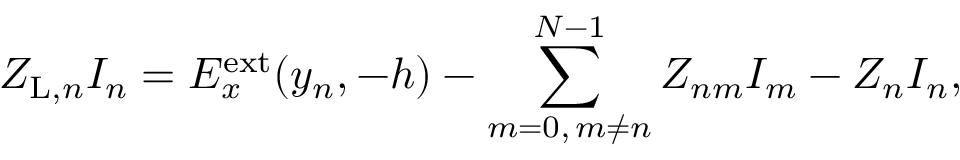
Z _ { \mathrm { L } , n } I _ { n } = E _ { x } ^ { \mathrm { e x t } } ( y _ { n } , - h ) - \sum _ { m = 0 , \, m \ne n } ^ { N - 1 } Z _ { n m } I _ { m } - Z _ { n } I _ { n } ,